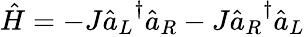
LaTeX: \begin{array}{r}{\hat{H}=-J{\hat{a}_{L}}^{\dagger}\hat{a}_{R}-J{\hat{a}_{R}}^{\dagger}{\hat{a}_{L}}}\end{array}